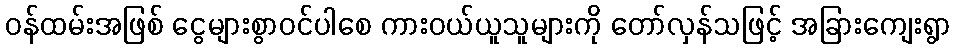
ဝန်ထမ်းအဖြစ် ငွေများစွာဝင်ပါစေ ကားဝယ်ယူသူများကို တော်လှန်သဖြင့် အခြားကျေးရွာ